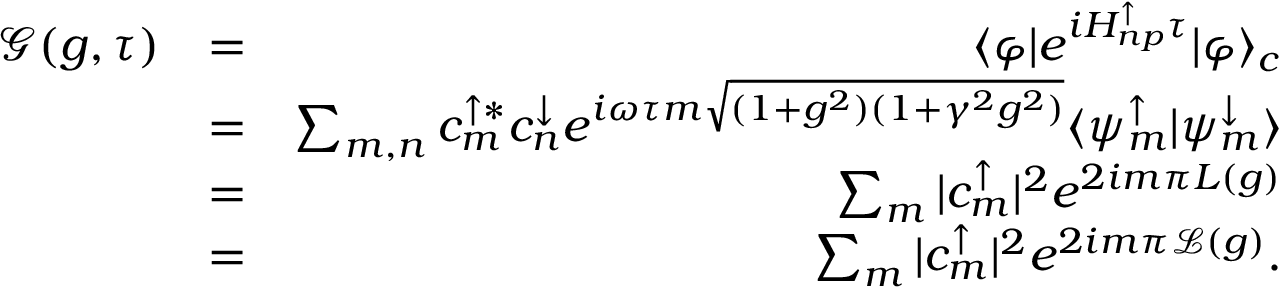
\begin{array} { r l r } { \mathcal { G } ( g , \tau ) } & { = } & { \langle \varphi \vert e ^ { i H _ { n p } ^ { \uparrow } \tau } \vert \varphi \rangle _ { c } } \\ & { = } & { \sum _ { m , n } c _ { m } ^ { \uparrow * } c _ { n } ^ { \downarrow } e ^ { i \omega \tau m \sqrt { ( 1 + g ^ { 2 } ) ( 1 + \gamma ^ { 2 } g ^ { 2 } ) } } \langle \psi _ { m } ^ { \uparrow } \vert \psi _ { m } ^ { \downarrow } \rangle } \\ & { = } & { \sum _ { m } \vert c _ { m } ^ { \uparrow } \vert ^ { 2 } e ^ { 2 i m \pi L ( g ) } } \\ & { = } & { \sum _ { m } \vert c _ { m } ^ { \uparrow } \vert ^ { 2 } e ^ { 2 i m \pi \mathcal { L } ( g ) } . } \end{array}